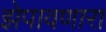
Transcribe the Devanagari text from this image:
झेपावणारा